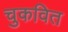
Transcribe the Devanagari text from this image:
चुकवित